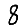
Digit: 8